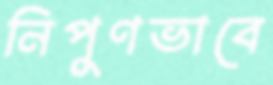
নিপুণভাবে